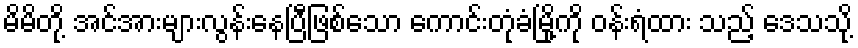
မိမိတို့ အင်အားများလွန်းနေပြီဖြစ်သော ကောင်းတုံခံမြို့ကို ဝန်းရံထား သည့် ဒေသသို့